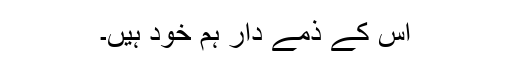
اس کے ذمے دار ہم خود ہیں۔